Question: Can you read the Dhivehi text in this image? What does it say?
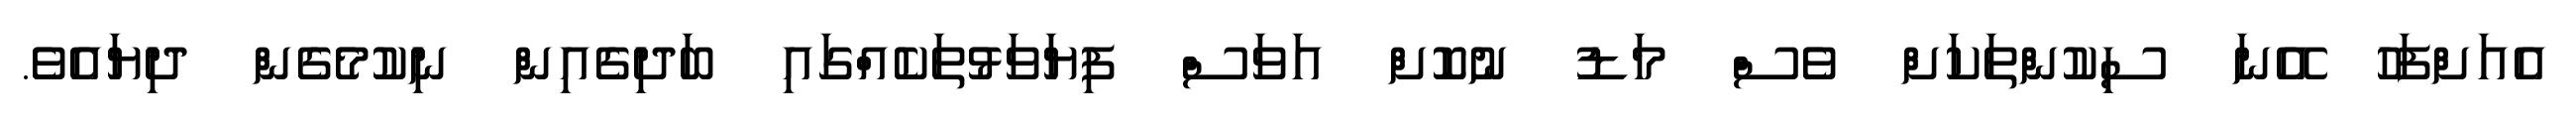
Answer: އެއަށްފަހު އޭނަ ސިކުންތަކަށް ވެސް މަޑު ނުކޮށް އަވަސް ފިޔަވަޅުތަކެއްގައި ބަދިގެއިން ނިކުމެގެން ދިޔައެވެ.